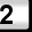
Digit: 2